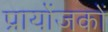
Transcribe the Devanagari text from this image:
प्रायोंजकों